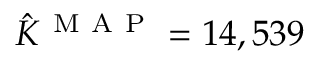
\hat { K } ^ { \mathrm { ~ M ~ A ~ P ~ } } = 1 4 , 5 3 9